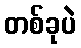
တစ်ခုပဲ